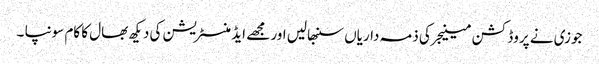
جوزی نے پروڈکشن مینیجر کی ذمہ داریاں سنبھالیں اور مجھے ایڈمنسٹریشن کی دیکھ بھال کا کام سونپا ۔